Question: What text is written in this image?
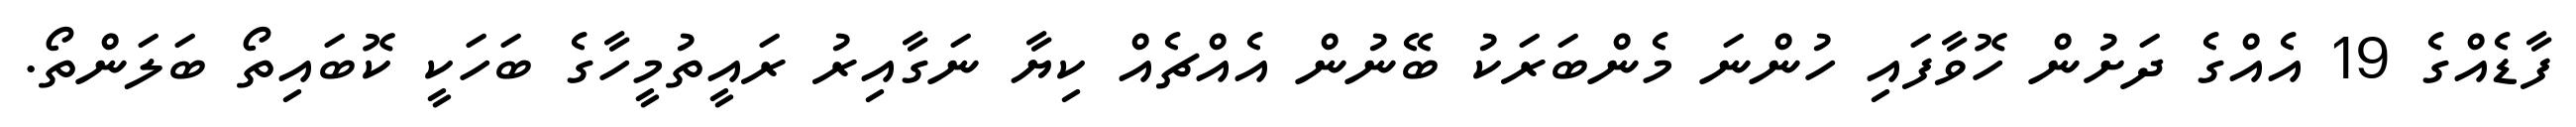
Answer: ފާޑެއްގެ 19 އެއްގެ ދަށުން ހޮވާފައި ހުންނަ މެންބަރަކު ބޭނުން އެއްޗެއް ކިޔާ ނަގާއިރު ރައީތުމީހާގެ ބަހަކީ ކޮބައިތޯ ބަލަންތޯ.